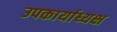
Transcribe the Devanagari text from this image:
उपकार्याध्यक्ष